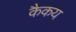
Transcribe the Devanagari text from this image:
कैकय